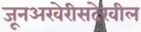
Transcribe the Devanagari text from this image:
जूनअखेरीसदेखील